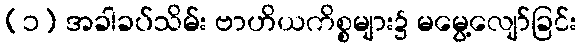
(၁) အခါခပ်သိမ်း ဗာဟိယကိစ္စများ၌ မမွေ့လျော်ခြင်း